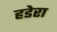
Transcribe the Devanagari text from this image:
हडेरा